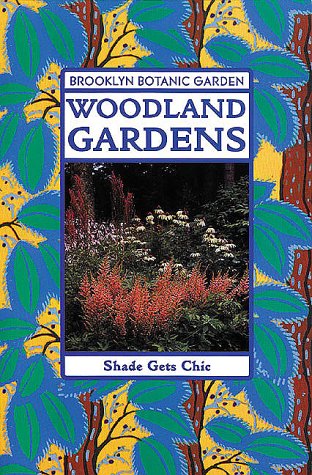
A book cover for Woodland Gardens (Brooklyn Botanic Garden All-Region Guide); Brooklyn Botanic Garden; Crafts, Hobbies & Home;